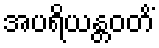
အပရိယန္တဝတိံ